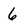
Character: 6